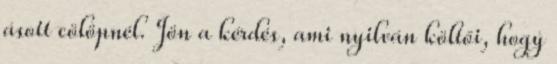
ásott cölöpnél. Jön a kérdés, ami nyilván költői, hogy